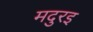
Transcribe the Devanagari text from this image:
मदुरइ